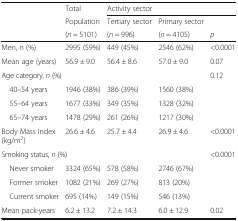
<table><thead><tr><td rowspan="3"></td><td><b>Total</b></td><td colspan="3"><b>Activity sector</b></td></tr><tr><td><b>Population</b></td><td><b>Tertiary sector</b></td><td><b>Primary sector</b></td><td></td></tr><tr><td><b>(<i>n</i> = 5101)</b></td><td><b>(<i>n</i> = 996)</b></td><td><b>(<i>n</i> = 4105)</b></td><td><b><i>p</i></b></td></tr></thead><tbody><tr><td>Men, n (%)</td><td>2995 (59%)</td><td>449 (45%)</td><td>2546 (62%)</td><td>&lt;0.0001</td></tr><tr><td>Mean age (years)</td><td>56.9 ± 9.0</td><td>56.4 ± 8.6</td><td>57.0 ± 9.0</td><td>0.07</td></tr><tr><td colspan="4">Age category, <i>n</i> (%)</td><td>0.12</td></tr><tr><td> 40–54 years</td><td>1946 (38%)</td><td>386 (39%)</td><td>1560 (38%)</td><td></td></tr><tr><td> 55–64 years</td><td>1677 (33%)</td><td>349 (35%)</td><td>1328 (32%)</td><td></td></tr><tr><td> 65–74 years</td><td>1478 (29%)</td><td>261 (26%)</td><td>1217 (30%)</td><td></td></tr><tr><td>Body Mass Index (kg/m<sup>2</sup>)</td><td>26.6 ± 4.6</td><td>25.7 ± 4.4</td><td>26.9 ± 4.6</td><td>&lt;0.0001</td></tr><tr><td colspan="4">Smoking status, <i>n</i> (%)</td><td>&lt;0.0001</td></tr><tr><td> Never smoker</td><td>3324 (65%)</td><td>578 (58%)</td><td>2746 (67%)</td><td></td></tr><tr><td> Former smoker</td><td>1082 (21%)</td><td>269 (27%)</td><td>813 (20%)</td><td></td></tr><tr><td> Current smoker</td><td>695 (14%)</td><td>149 (15%)</td><td>546 (13%)</td><td></td></tr><tr><td>Mean pack-years</td><td>6.2 ± 13.2</td><td>7.2 ± 14.3</td><td>6.0 ± 12.9</td><td>0.02</td></tr></tbody></table>